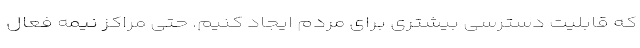
که قابلیت دسترسی بیشتری برای مردم ایجاد کنیم. حتی مراکز نیمه فعال